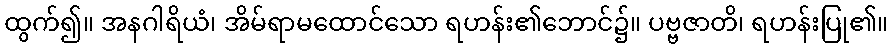
ထွက်၍။ အနဂါရိယံ၊ အိမ်ရာမထောင်သော ရဟန်း၏ဘောင်၌။ ပဗ္ဗဇာတိ၊ ရဟန်းပြု၏။